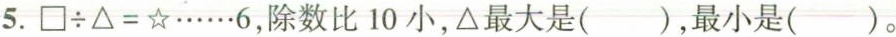
5. $$\square \div \triangle =\star \cdots \cdots 6$$，除数比10小，△最大是( )，最小是( )。